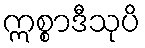
ဣစ္စာဒီသုပိ